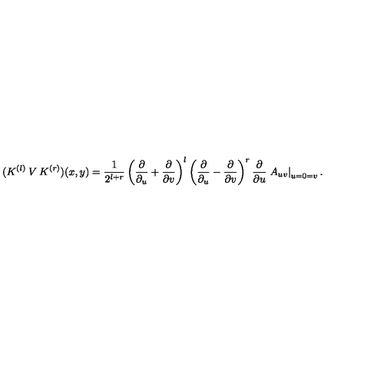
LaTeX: ( K ^ { ( l ) } \: V \: K ^ { ( r ) } ) ( x , y ) = \frac { 1 } { 2 ^ { l + r } } \left( \frac { \partial } { \partial _ { u } } + \frac { \partial } { \partial v } \right) ^ { l } \left( \frac { \partial } { \partial _ { u } } - \frac { \partial } { \partial v } \right) ^ { r } \frac { \partial } { \partial u } \left. A _ { u v } \right| _ { u = 0 = v } .